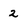
Character: 2